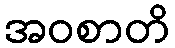
အဝစာတိ